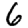
Digit: 6